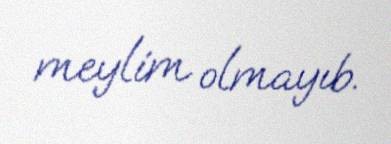
meylim olmayıb.